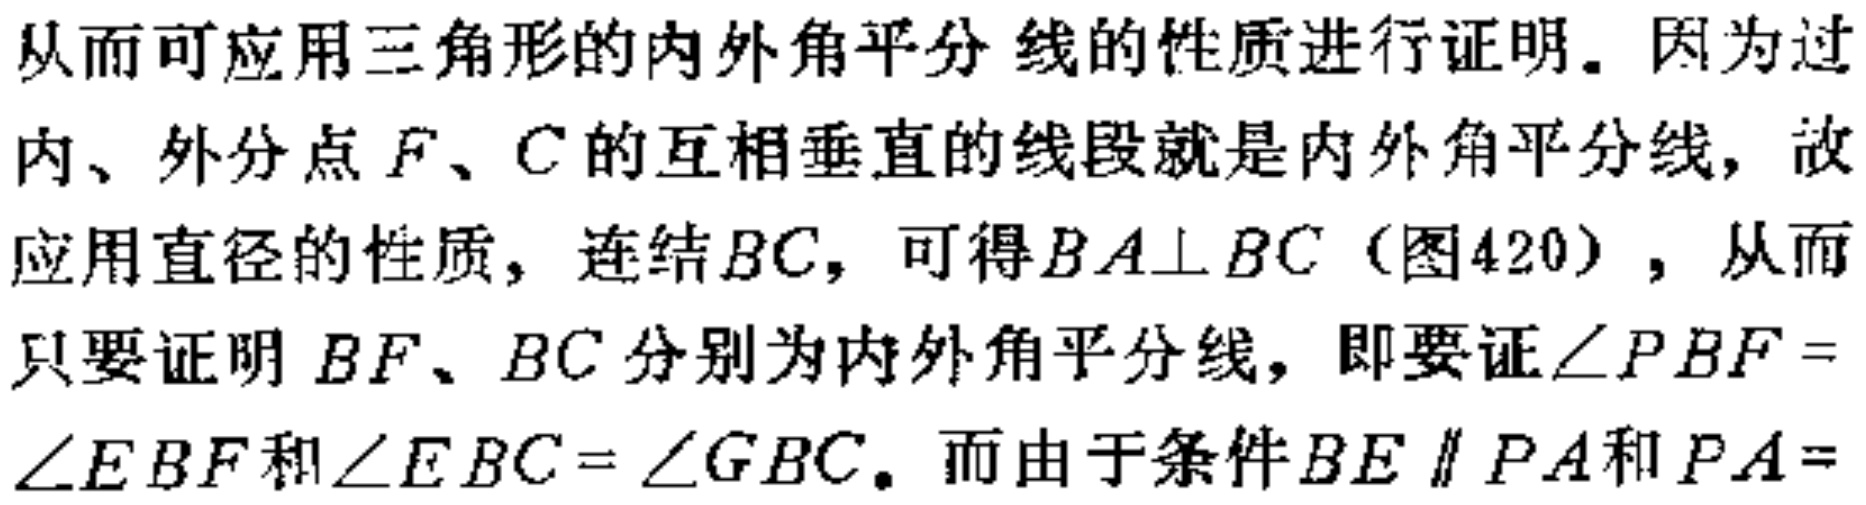
从而可应用三角形的内外角平分线的性质进行证明. 因为过内、外分点\(F\)、\(C\)的互相垂直的线段就是内外角平分线, 故应用直径的性质, 连结\(BC\), 可得\(BA\perp BC\)（图420）, 从而只要证明 \(BF\)、\(BC\)分别为内外角平分线, 即要证\(\angle PBF = \angle EBF\)和\(\angle EBC = \angle GBC\). 而由于条件\(BE\parallel PA\)和\(PA =\)